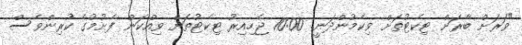
"ވަރަށް ބާރަށް ޓިކެޓުތަށް ވިކެމުންދަނީ. 10:00 ޖެހިއިރު ޓިކެޓުތަށް ވިއްކަން ފެށުމުގެ ކުރިންވެސް